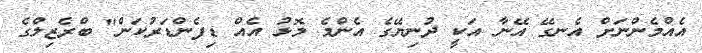
އެއްމެންނަށް އެނގޭ އޭނާ އަކީ ދުނިޔޭގެ އެންމެ މޮޅު އެއް ޑިފެންޑަރުކަން" ބްރެޒިލްގެ